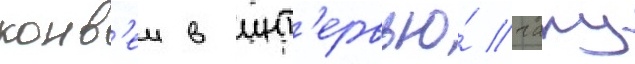
конв'еи в инт'ервью́ чаку